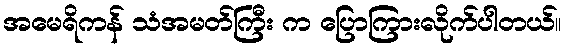
အမေရိကန် သံအမတ်ကြီး က ပြောကြားလိုက်ပါတယ်။